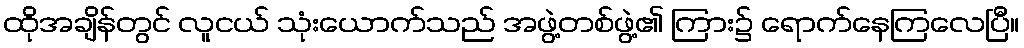
ထိုအချိန်တွင် လူငယ် သုံးယောက်သည် အဖွဲ့တစ်ဖွဲ့၏ ကြား၌ ရောက်နေကြလေပြီ။